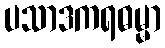
ပသာဒကရဓမ္မာ